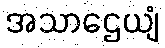
အသာဌေယျံ